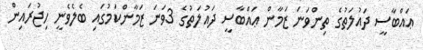
ޢައްބާސީ ދައުލަތުގެ ތިންވަނަ ޒަމާން ޢައްބާސީ ދައުލަތުގެ 3ވަނަ ޒަމާންކަމުގައި ބެލެވެނީ ހިޖުރައިން